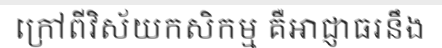
ក្រៅពីវិស័យកសិកម្ម គឺអាជ្ញាធរនឹង